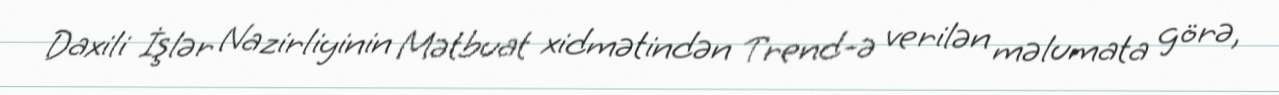
Daxili İşlər Nazirliyinin Mətbuat xidmətindən Trend-ə verilən məlumata görə,